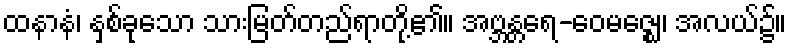
ထနာနံ၊ နှစ်ခုသော သားမြတ်တည်ရာတို့၏။ အဗ္ဘန္တရေ-ဝေမဇ္ဈေ၊ အလယ်၌။